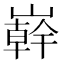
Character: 𭗠